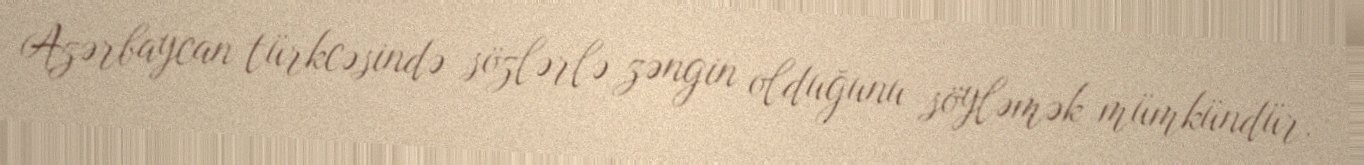
Azərbaycan türkcəsində sözlərlə zəngin olduğunu söyləmək mümkündür.